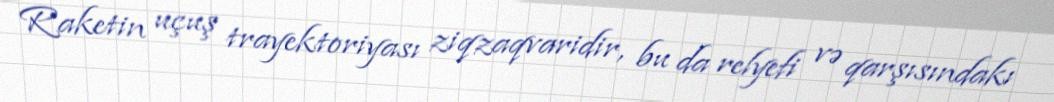
Raketin uçuş trayektoriyası ziqzaqvaridir, bu da relyefi və qarşısındakı